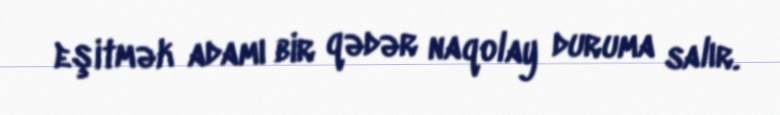
eşitmək adamı bir qədər naqolay duruma salır.